Annual report on the health of the army in India
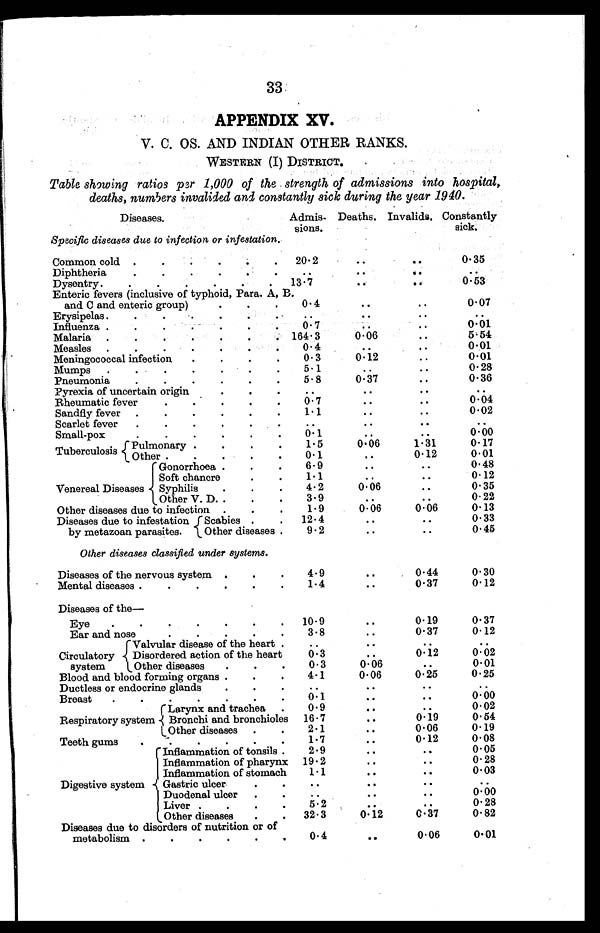
33
APPENDIX XV.
V. C. OS. AND INDIAN OTHER RANKS.
WESTERN (I) DISTRICT.
Table showing ratios per 1,000 of the strength, of admissions into hospital,
deaths, num5ers invalided and constantly sick during the year 1940.
Diseases.
Admisions. Deaths. Invalids. Constantly
sick.
Specific diseases clue to infection or infestation.
Common cold
20.2
..
..
0.35
Diphtheria
. . .
...
....
Dysentry.
1 3 . 7
..
..
0.53
Enteric fevers (inclusive of typhoid, Para. A, B.
and C and enteric group)
0.4
..
..
0.07
Erysipelas.
..
...
...
Influenza .
0.7
..
..
0.01
Malaria.
164.3
0.06
..
5.54
Measles
0.4
..
..
0.01
Meningococcal infection.
0.3
0.12
..
0.01
Mumps.
5.1
.....
.....
0.28
Pneumonia
5.8
0.37
..
0.36
Pyrexia of uncertain origin
. .
..
..
..
Rheumatic fever
0.7
.. ..
0.04
Sandfly fever
1.1
....
...
0.02
Scarlet fever
. .
..
. .
..
Small-pox
0 1 ...
0.00
Tuberculosis Pulmonary .
1.5
0.06
0 . 1 7
Other
0.1
. . . 0.12
0.01
Venereal Diseases
Gonorrhoea
6.9
..
..
0,48
Soft chancre
.
.
1.1 ..
..
0.12
Syphilis
4.2
0.06
0.35
Other V. D .
.
.
3.9
..
..
0.22
Other diseases due to infection
1.9
0.06
0.06
0.13
Diseases due to infestation
by metazoan parasites.
Scabies
12.4
..
..
0.33
Other diseases
9.2
.. ..
0.45
Other diseases classified under systems.
Diseases of the nervous system
4 . 9
..
0.44
0.30
Mental diseases
1 . 4
. . 0.37
0.12
Diseases of the—
Eye
10.9
..
0.19
0.37
Ear and nose
3.8
....
0.37
0.12
Circulator
system
Valvular disease of the heart
..
..
..
Disordered action of the heart
0 3
....
0.12
0.02
Other diseases
0.3
0.06
..
0.01
Blood and blood forming organs
4.1
0.06
0.25
0 . 2 5
Ductless or endocrine glands.
. .
..
..
. .
Breast.
0.1
..
..
0.00
Respiratory system
Larynx and trachea
0.9
..
..
0.02
Bronchi and bronchioles 16.7
..
0.19
0.54
L Other diseases
.
2.1
..
0.06
0.19
Teeth gums
1.7
..
0.12
0.08
Digestive system
Inflammation of tonsils .
2.9 ...
....
0.05
Inflammation of pharynx 19.2
..
....
0.28
Inflammation of stomach
1.1
..
..
0.03
Gastric ulcer
..
..
..
..
Duodenalulcer
..
..
..
0. 00
Liver
5 . 2
..
....
0. 28
Other diseases
32.3
0.12
0.37
0.82
Diseases due to disorders of nutrition or of
metabolism
0.4
..
0.06
0.01